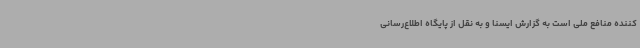
‌کننده منافع ملی است به گزارش ایسنا و به نقل از پایگاه اطلاع‌رسانی